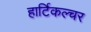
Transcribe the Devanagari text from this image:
हार्टिकल्चर